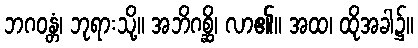
ဘဂဝန္တံ၊ ဘုရားသို့။ အဘိဂစ္ဆိ၊ လာ၏။ အထ၊ ထိုအခါ၌။